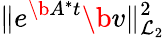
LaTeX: \| e^{\b{A}^{*}t}\b{v}\| _{\mathcal{L}_{2}}^{2}